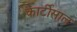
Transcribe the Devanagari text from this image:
कार्टीसाल